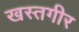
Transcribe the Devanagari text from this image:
खस्तगीर